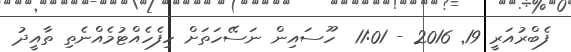
ފެބްރުއަރީ 19